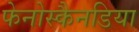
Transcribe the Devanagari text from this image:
फेनोस्कैनडिया